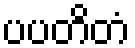
ပပတိတံ